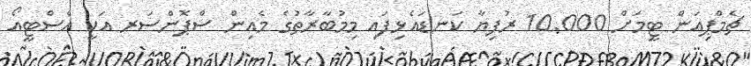
ޗެމްޕިއަން ޓީމަށް 10